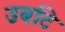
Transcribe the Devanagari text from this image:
उबटि